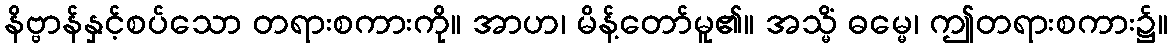
နိဗ္ဗာန်နှင့်စပ်သော တရားစကားကို။ အာဟ၊ မိန့်တော်မူ၏။ အသ္မိံ ဓမ္မေ၊ ဤတရားစကား၌။